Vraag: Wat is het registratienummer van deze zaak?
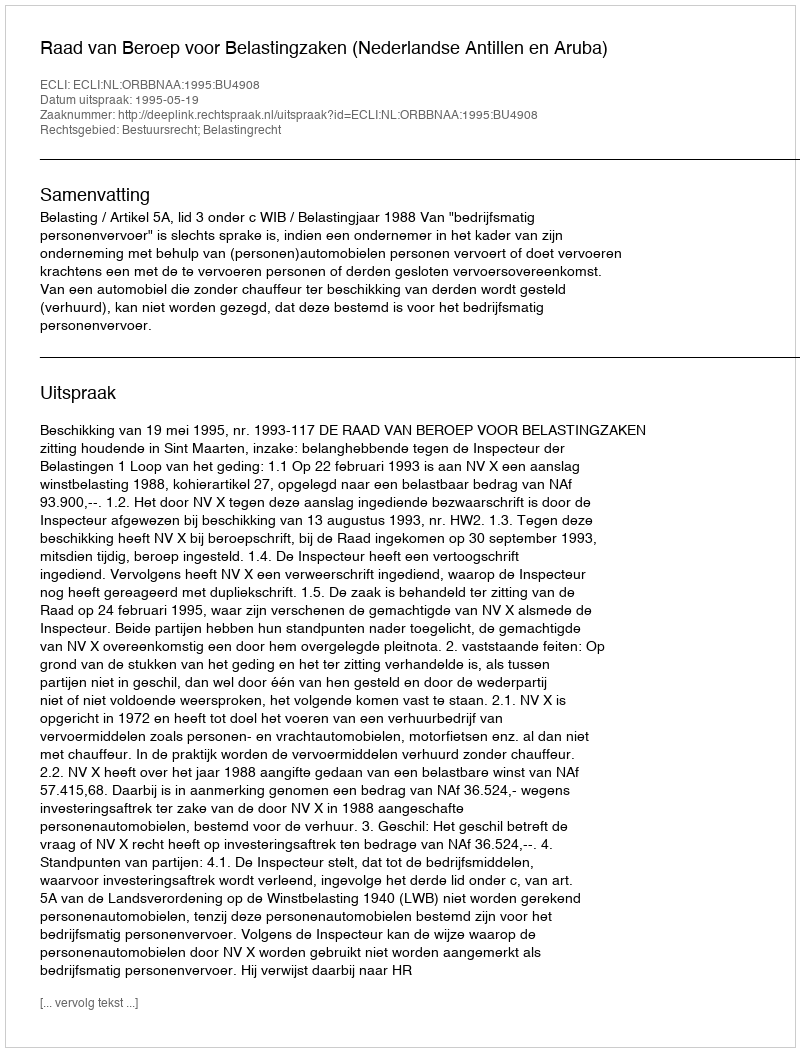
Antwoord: http://deeplink.rechtspraak.nl/uitspraak?id=ECLI:NL:ORBBNAA:1995:BU4908